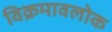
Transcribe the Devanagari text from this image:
विक्रमावलोक